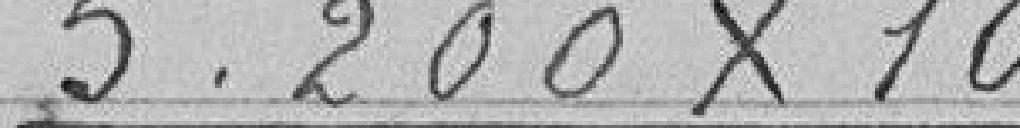
5.200X10